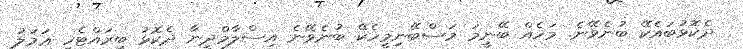
ދެކޮޅުބައެކޭ ބުނެވޭނެ. މަހެއް ބޭނީމަ މަސްބޭނިމީހެކޭ ބުނެވޭނެ އިސްލާމްދީނާ ދެކޮޅު ބީރައްޓެހި ޢަމަލު